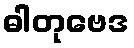
ဓါတုဗေဒ